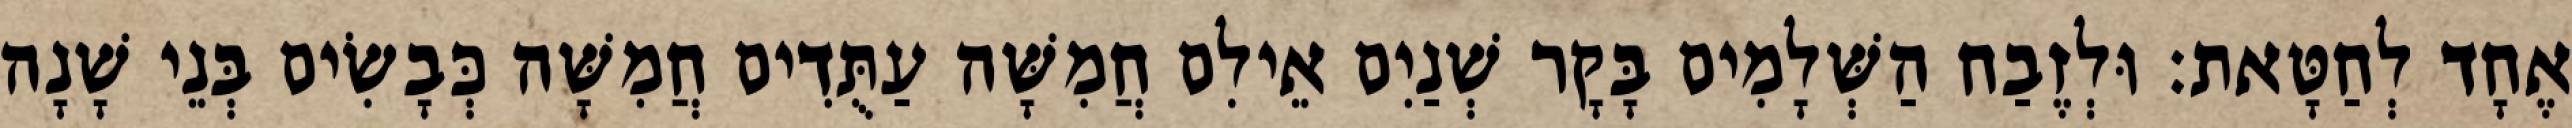
אֶחָד לְחַטָּאת׃ וּלְזֶבַח הַשְּׁלָמִים בָּקָר שְׁנַיִם אֵילִם חֲמִשָּׁה עַתֻּדִים חֲמִשָּׁה כְּבָשִׂים בְּנֵי שָׁנָה